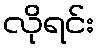
လိုရင်း